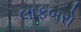
લાફબરો